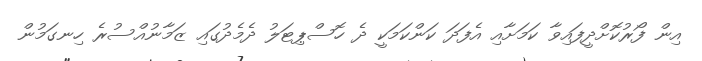
އިން ފޯރުކޮށްދީފައިވާ ކަމަށާއި އެފަދަ ކަންކަމަކީ ދެ ހޮސްޕިޓަލު ދެމެދުގައި ޒަމާނުއްސުރެ ހިނގަމުން